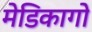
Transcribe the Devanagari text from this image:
मेडिकागो